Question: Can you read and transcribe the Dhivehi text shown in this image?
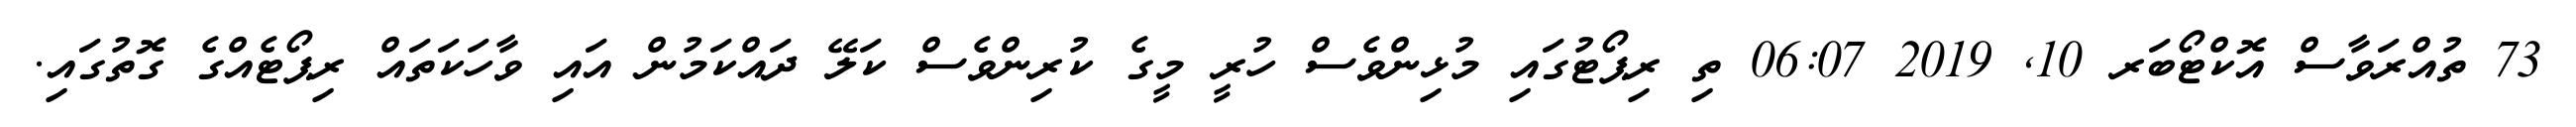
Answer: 73 ތުއްރަވާސް އޮކްޓޯބަރ 10, 2019 06:07 ތި ރިޕޯޓުގައި މުޅިންވެސް ހުރީ މީގެ ކުރިންވެސް ކަލޭ ދައްކަމުން އައި ވާހަކަތައް ރިޕޯޓެއްގެ ގޮތުގައި.